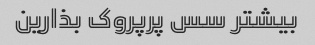
بیشتر سس پرپروک بذارین